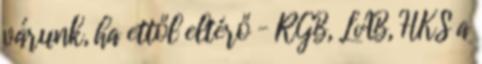
várunk, ha ettől eltérő – RGB, LAB, HKS a